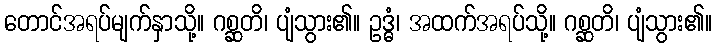
တောင်အရပ်မျက်နှာသို့။ ဂစ္ဆတိ၊ ပျံသွား၏။ ဥဒ္ဓံ၊ အထက်အရပ်သို့။ ဂစ္ဆတိ၊ ပျံသွား၏။